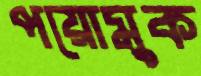
পয়োমুক